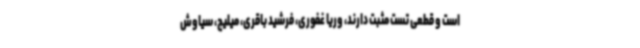
است و قطعی تست مثبت دارند، وریا غفوری، فرشید باقری، میلیچ، سیاوش